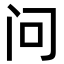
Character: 问